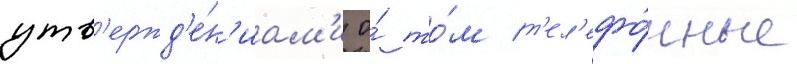
утв'ержд'е́н'иам'и о́ то́м т'ел'ефо́нные